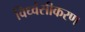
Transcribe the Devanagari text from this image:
विध्वंसीकरण